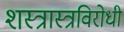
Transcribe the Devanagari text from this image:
शस्त्रास्त्रविरोधी